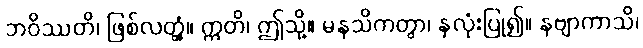
ဘဝိဿတိ၊ ဖြစ်လတ္တံ့။ ဣတိ၊ ဤသို့။ မနသိကတွာ၊ နှလုံးပြု၍။ နဗျာကာသိ၊